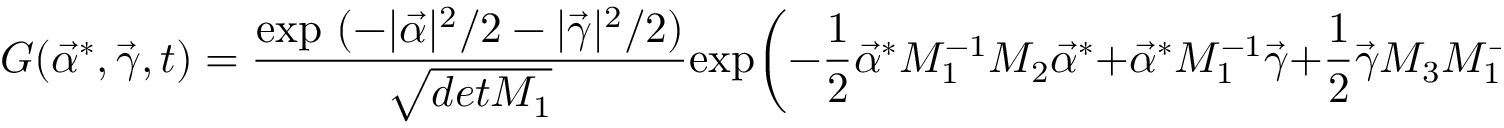
G ( \vec { \alpha } ^ { \ast } , \vec { \gamma } , t ) = { \frac { \mathrm { e x p } \ ( - | \vec { \alpha } | ^ { 2 } / 2 - | \vec { \gamma } | ^ { 2 } / 2 ) } { \sqrt { d e t M _ { 1 } } } } \mathrm { e x p } \biggl ( - { \frac { 1 } { 2 } } \vec { \alpha } ^ { \ast } M _ { 1 } ^ { - 1 } M _ { 2 } \vec { \alpha } ^ { \ast } + \vec { \alpha } ^ { \ast } M _ { 1 } ^ { - 1 } \vec { \gamma } + { \frac { 1 } { 2 } } \vec { \gamma } M _ { 3 } M _ { 1 } ^ { - 1 } \vec { \gamma } \biggr ) \ \ .